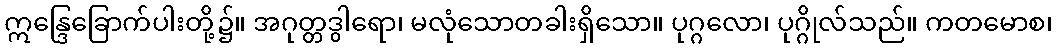
ဣန္ဒြေခြောက်ပါးတို့၌။ အဂုတ္တဒွါရော၊ မလုံသောတခါးရှိသော။ ပုဂ္ဂလော၊ ပုဂ္ဂိုလ်သည်။ ကတမောစ၊